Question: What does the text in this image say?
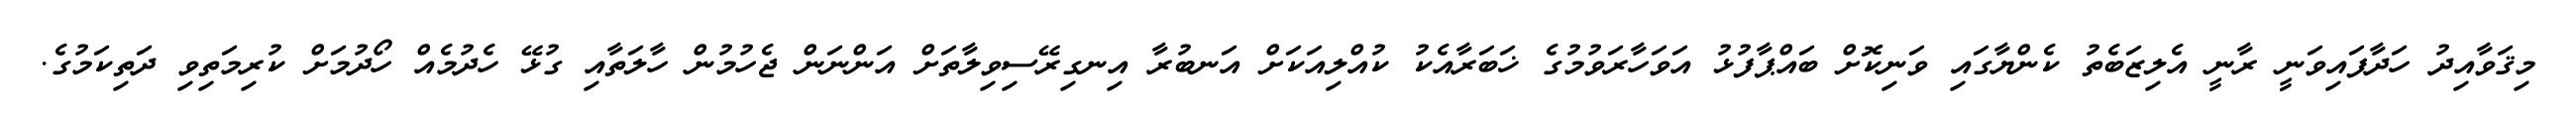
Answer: މިޤަވާއިދު ހަދާފައިވަނީ ރާނީ އެލިޒަބެތު ކެންޔާގައި ވަނިކޮށް ބައްޕާފުޅު އަވަހާރަވުމުގެ ޚަބަރާއެކު ކުއްލިއަކަށް އަނބުރާ އިނގިރޭސިވިލާތަށް އަންނަން ޖެހުމުން ހާލަތާއި ގުޅޭ ހެދުމެއް ހޯދުމަށް ކުރިމަތިވި ދަތިކަމުގެ.